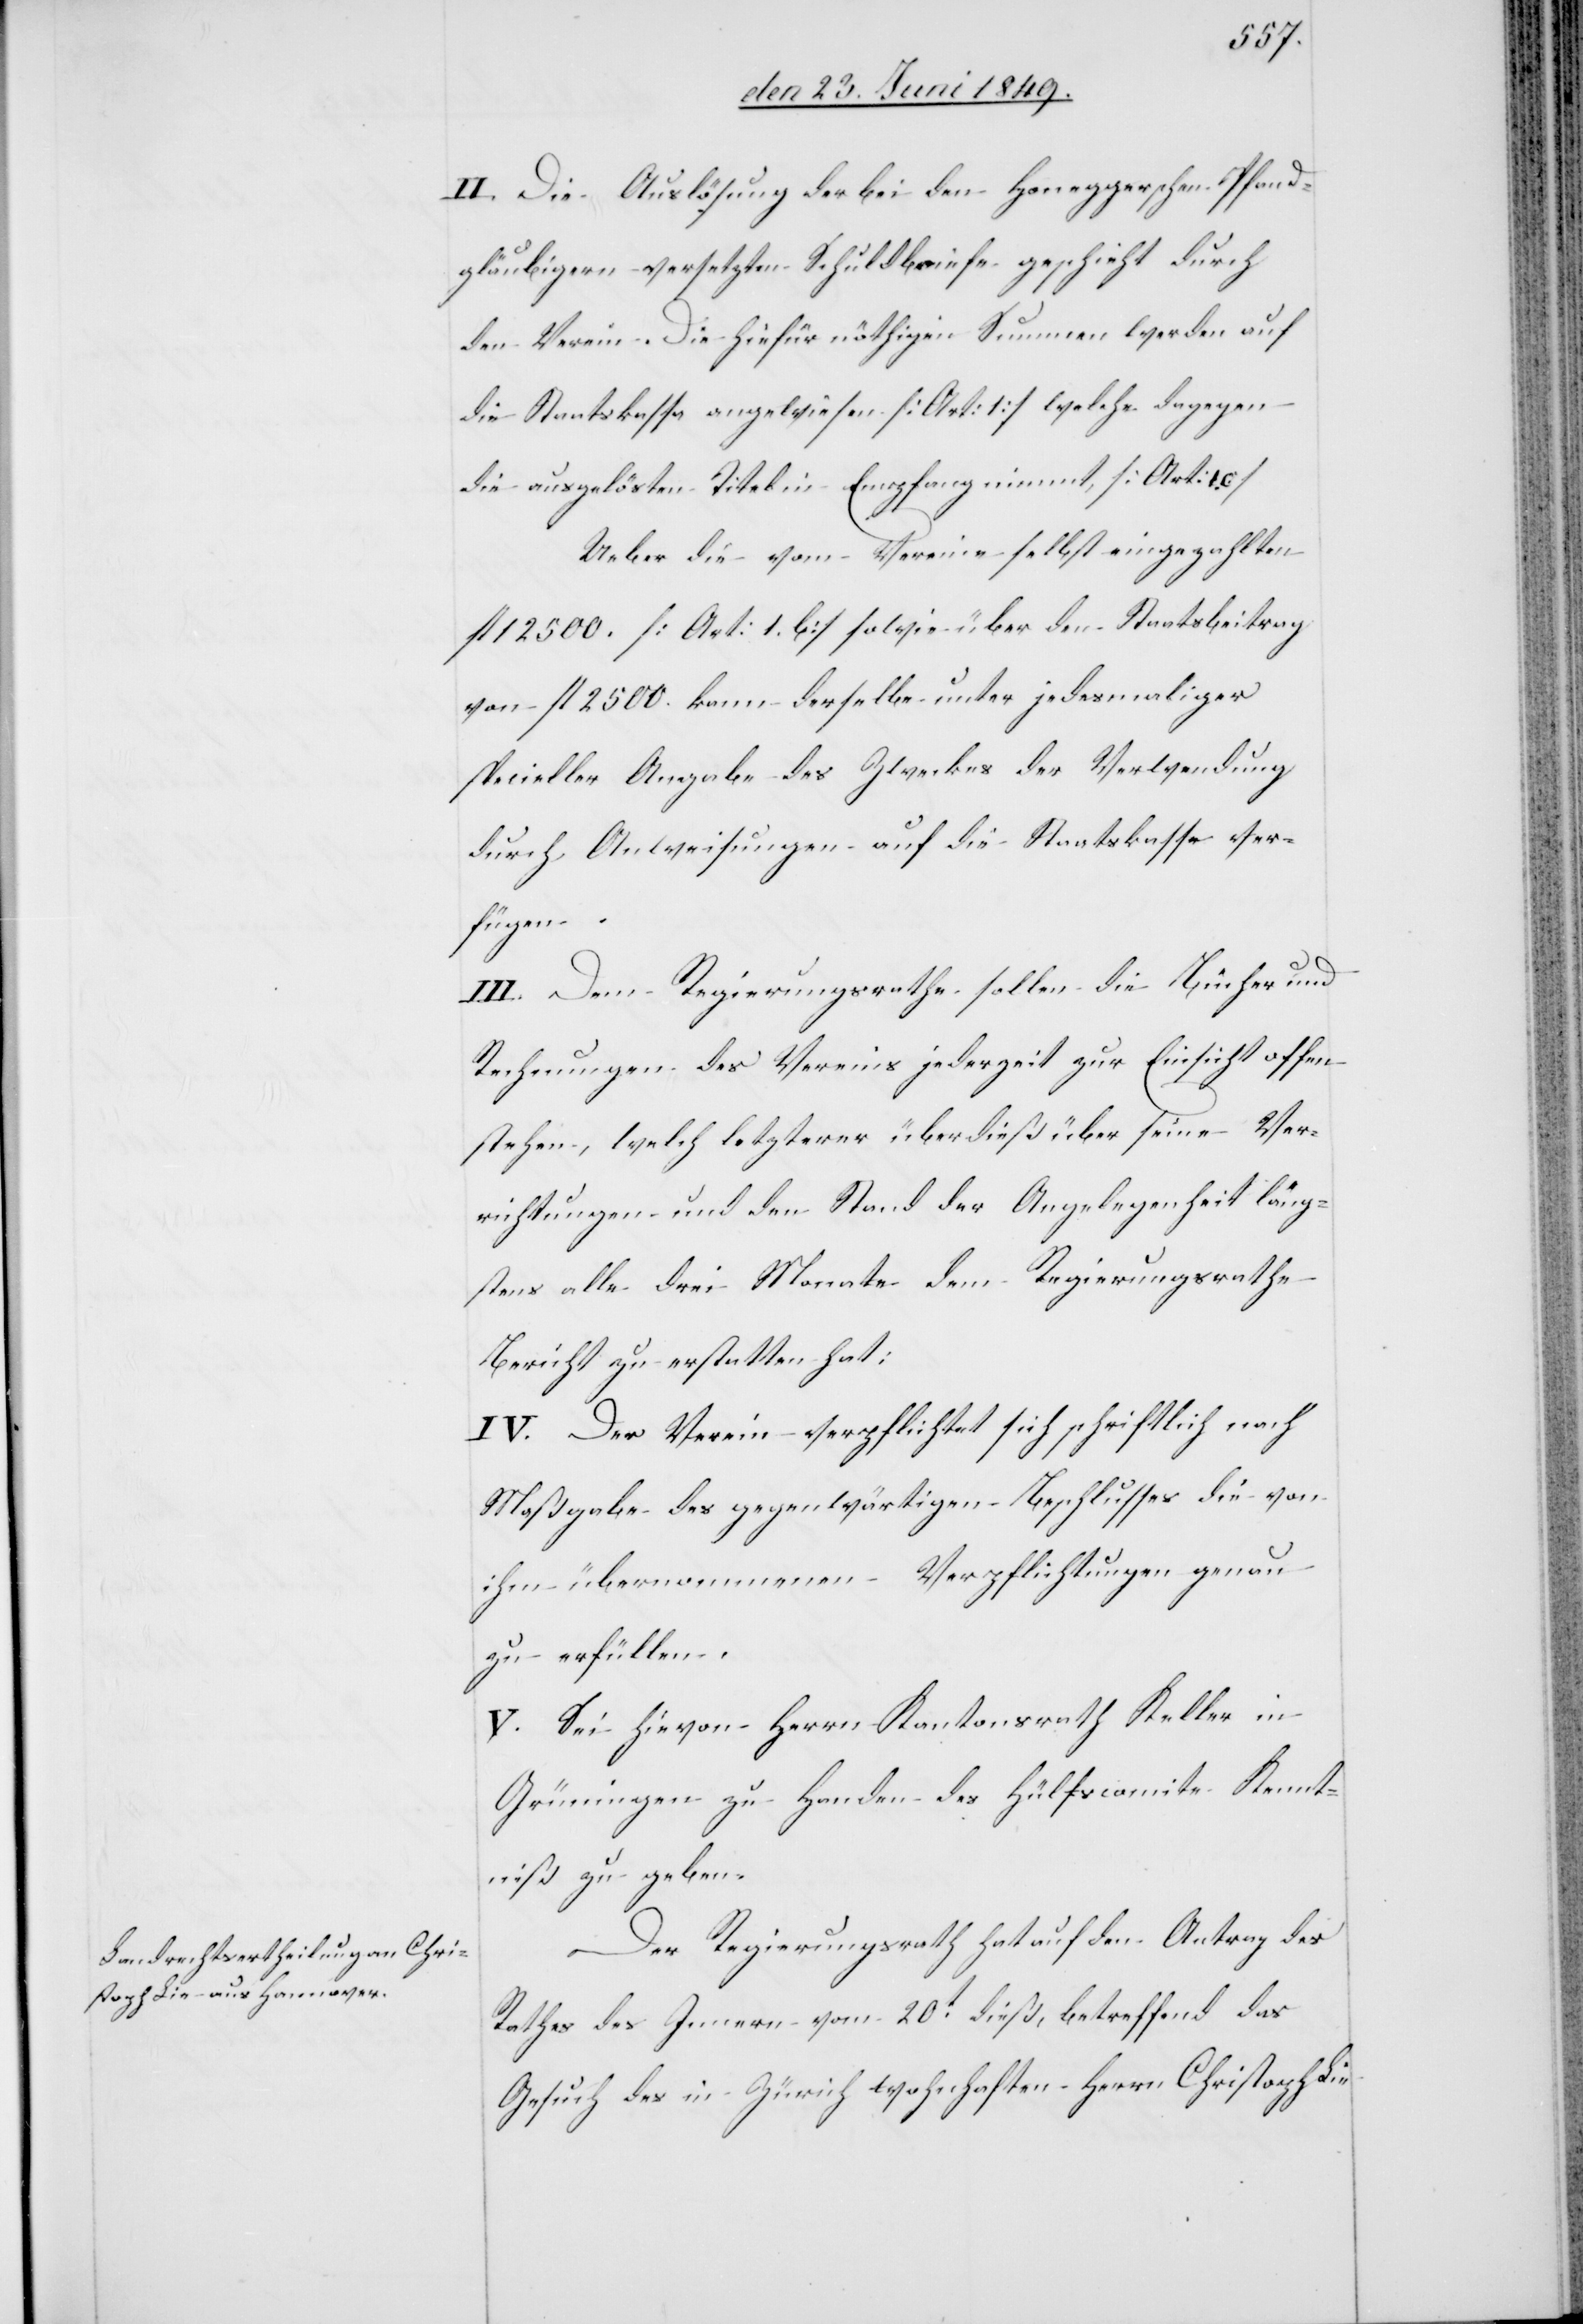
II. Die Auslösung der bei den Honeggerschen Pfand¬
gläubigern versetzten Schuldbriefe geschieht durch
den Verein. Die hiefür nöthigen Summen werden auf
die Staatskassa angewiesen [Art: 1] welche dagegen
die ausgelösten Titel in Empfang nimmt, [Art. 10]
Ueber die vom Vereine selbst eingezahlten
fl 12 500. [Art. 1.b] sowie über den Staatsbeitrag
von fl. 2500. kann derselbe unter jedesmaliger
specieller Angabe des Zweckes der Verwendung
durch Anweisungen auf die Staatskassa ver¬
fügen.
III. Dem Regierungsrathe sollen die Bücher und
Rechnungen des Vereins jederzeit zur Einsicht offen
stehen, welch letzterer überdieß über seine Ver¬
richtungen und den Stand der Angelegenheit läng¬
stens alle drei Monate dem Regierungsrathe
Bericht zu erstatten hat:
IV. Der Verein verpflichtet sich schriftlich nach
Maßgabe des gegenwärtigen Beschlusses die von
ihm übernommenen Verpflichtungen genau
zu erfüllen.
V. Sei hievon Herrn Kantonsrath Keller in
Grüningen zu Handen des Hülfscomite Kennt¬
niß zu geben.
Der Regierungsrath hat auf den Antrag des
Rathes des Innern vom 20t dieß, betreffend das
Gesuch des in Zürich wohnhaften Herrn Christoph Lie